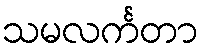
သမလင်္ကတာ